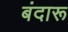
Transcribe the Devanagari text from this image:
बंदारू